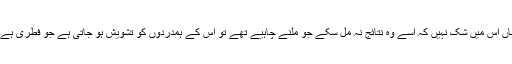
ہاں اس میں شک نہیں کہ اُسے وہ نتائج نہ مل سکے جو ملنے چاہیے تھے تو اس کے ہمدردوں کو تشویش ہو جاتی ہے جو فطری ہے۔